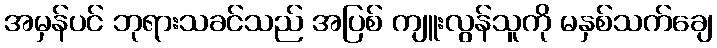
အမှန်ပင် ဘုရားသခင်သည် အပြစ် ကျူးလွန်သူကို မနှစ်သက်ချေ